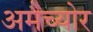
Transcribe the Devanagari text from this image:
अमैच्योर